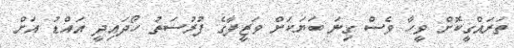
ތަރައްގީކޮށް ވީހާ ވެސް ގިނަ ބަޔަކަށް ވަޒީފާގެ ފުރުސަތު ހޯދައިދީ އައްޑު އަށް